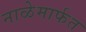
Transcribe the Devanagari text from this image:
नाळेमार्फत